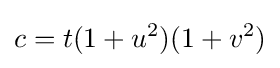
c=t(1+u^{2})(1+v^{2})